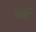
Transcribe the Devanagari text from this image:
प्‍यादो